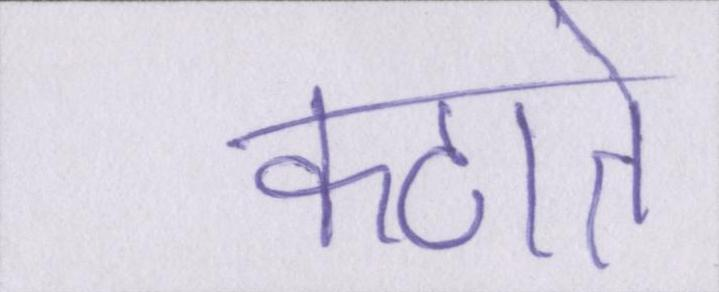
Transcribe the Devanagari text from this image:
कटाते